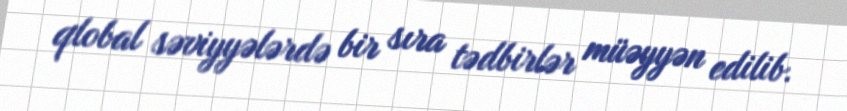
qlobal səviyyələrdə bir sıra tədbirlər müəyyən edilib.